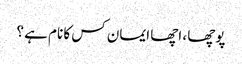
پوچھا ، اچھا ایمان کس کا نام ہے ؟